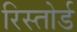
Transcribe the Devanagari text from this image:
रिस्तोर्ड